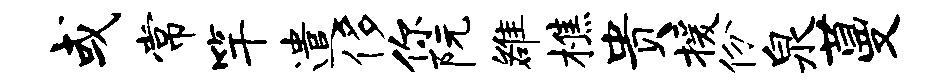
或常竿遣侈你阮雒樵贵援份泉蔓